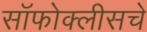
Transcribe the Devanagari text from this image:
सॉफोक्लीसचे